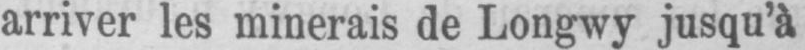
arriver les minerais de Longwy jusqu’à